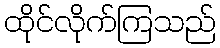
ထိုင်လိုက်ကြသည်